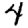
Digit: 4